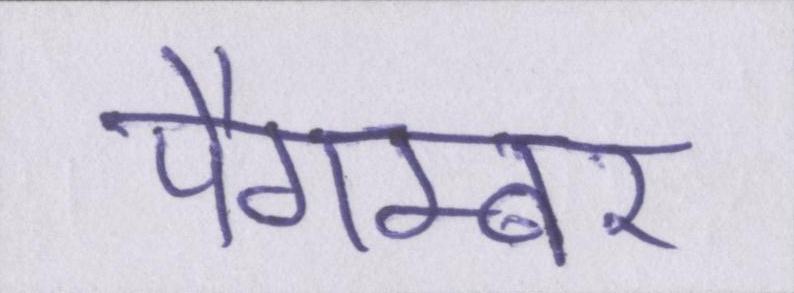
पैगम्बर